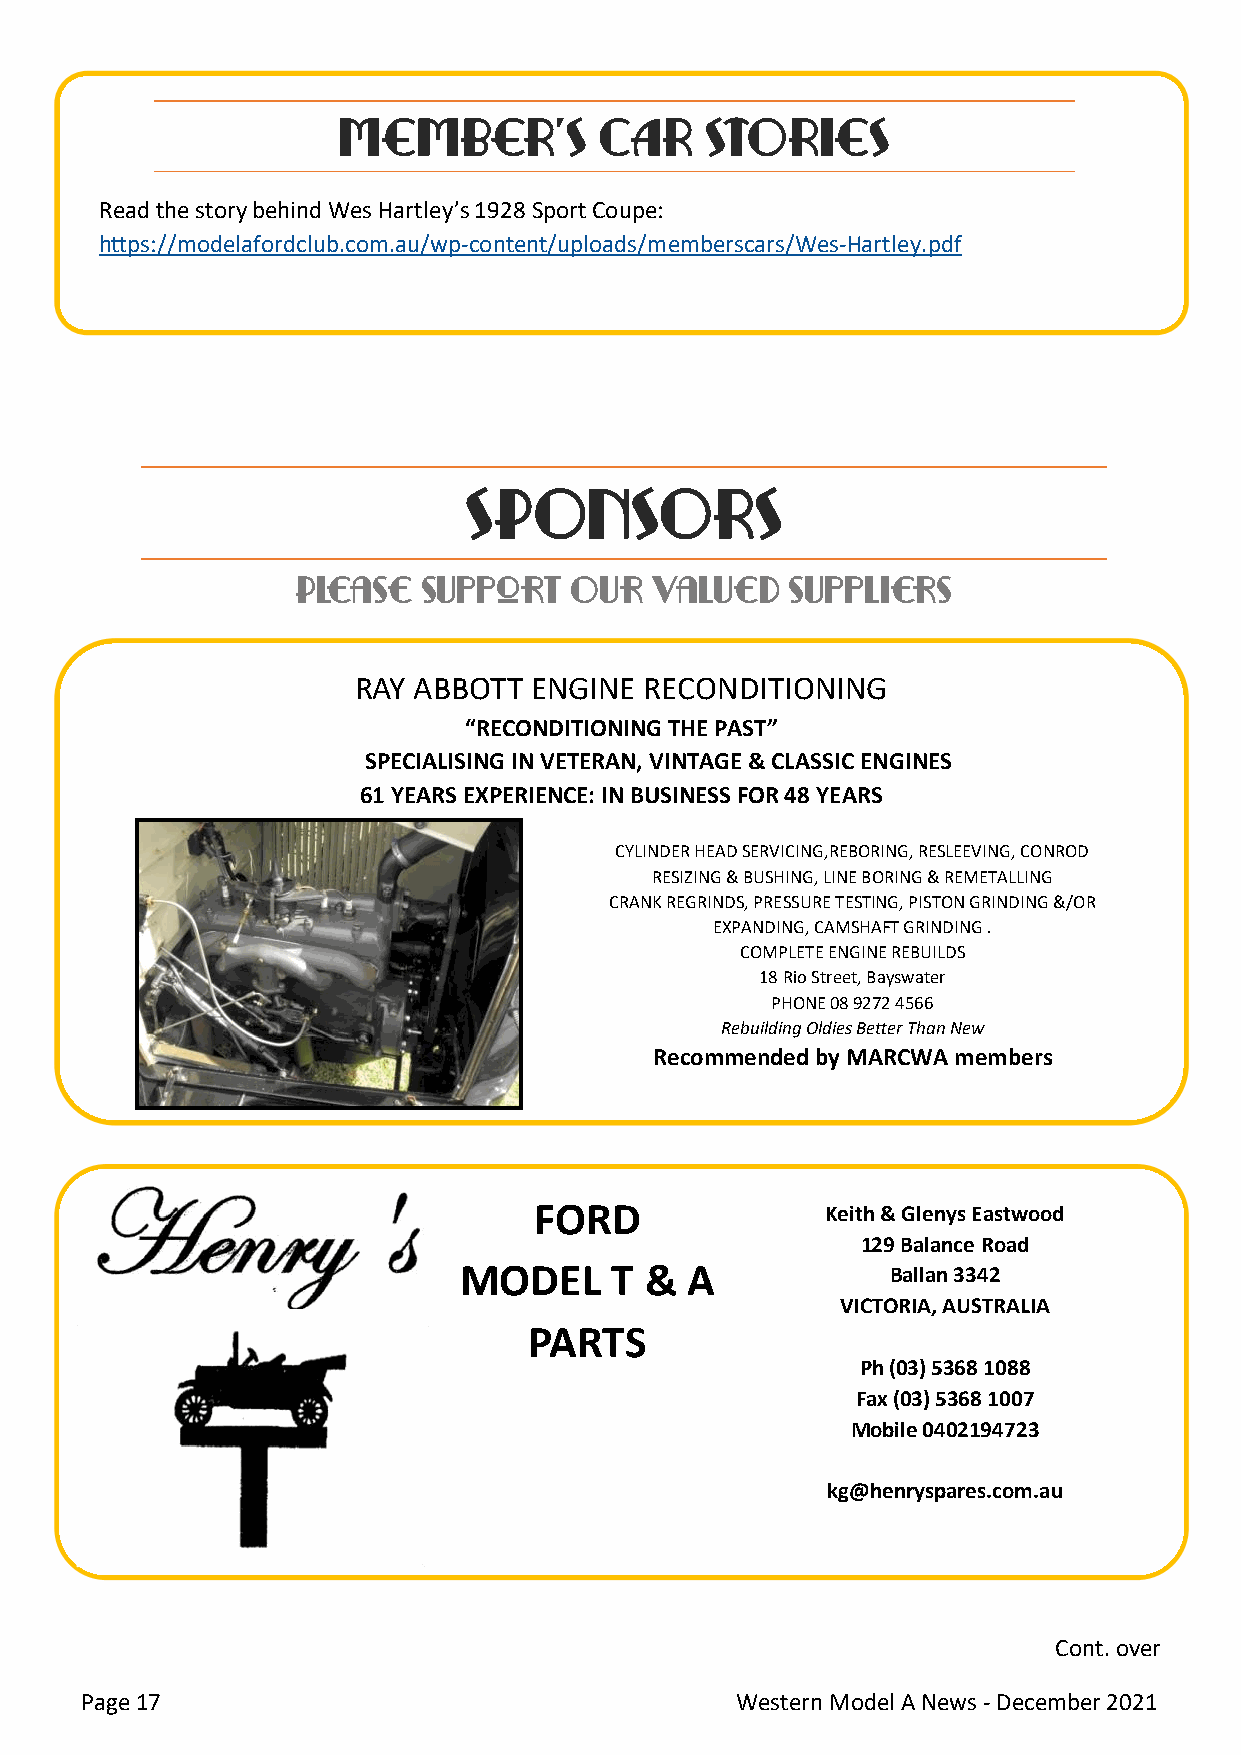
MEMBER’S          CAR    STORIES
 Read the story behind Wes Hartley’s 1928 Sport Coupe:
 https://modelafordclub.com.au/wp-content/uploads/memberscars/Wes-Hartley.pdf
 SPONSORS
 Please  support   Our  valued   suppliers
 RAY ABBOTT ENGINE  RECONDITIONING
 “RECONDITIONING THE PAST”
 SPECIALISING IN VETERAN, VINTAGE & CLASSIC ENGINES
 61 YEARS EXPERIENCE: IN BUSINESS FOR 48 YEARS
 CYLINDER HEAD SERVICING,REBORING, RESLEEVING, CONROD
 RESIZING & BUSHING, LINE BORING & REMETALLING
 CRANK REGRINDS, PRESSURE TESTING, PISTON GRINDING &/OR
 EXPANDING, CAMSHAFT GRINDING .
 COMPLETE ENGINE REBUILDS
 18 Rio Street, Bayswater
 PHONE 08 9272 4566
 Rebuilding Oldies Better Than New
 Recommended by MARCWA members
 FORD                Keith & Glenys Eastwood
 129 Balance Road
 MODEL     T  & A             Ballan 3342
 VICTORIA, AUSTRALIA
 PARTS
 Ph (03) 5368 1088
 Fax (03) 5368 1007
 Mobile 0402194723
 kg@henryspares.com.au
 Cont. over
 Page 17                                     Western Model A News - December 2021